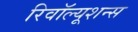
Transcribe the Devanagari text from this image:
रिवॉल्यूशन्स